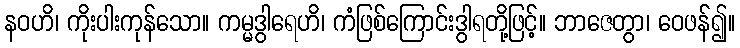
နဝဟိ၊ ကိုးပါးကုန်သော။ ကမ္မဒွါရေဟိ၊ ကံဖြစ်ကြောင်းဒွါရတို့ဖြင့်။ ဘာဇေတွာ၊ ဝေဖန်၍။